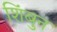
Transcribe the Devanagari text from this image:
शिंबुन